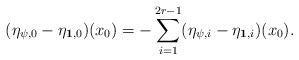
LaTeX: \begin{align*}(\eta_{\psi,0}-\eta_{\mathbf{1},0})(x_0)=-\sum_{i=1}^{2r-1} (\eta_{\psi,i}-\eta_{\mathbf{1},i})(x_0).\end{align*}